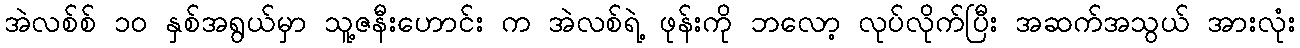
အဲလစ်စ် ၁၀ နှစ်အရွယ်မှာ သူ့ဇနီးဟောင်း က အဲလစ်ရဲ့ ဖုန်းကို ဘလော့ လုပ်လိုက်ပြီး အဆက်အသွယ် အားလုံး